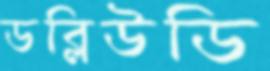
ডব্লিউডি